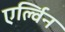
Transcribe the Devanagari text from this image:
एर्ल्विन